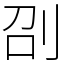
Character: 刟